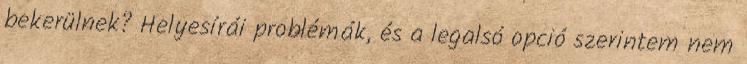
bekerülnek? Helyesírái problémák, és a legalsó opció szerintem nem